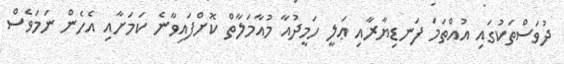
ދުވަސްތަކުގައި އުއްތަމަ ފަނޑިޔާރާއި ޢަލީ ހަމީދުއާ މުއާމަލާތް ކޮށްފައިވާނެ ކަމަށާއި އެހެން ނަމަވެސް